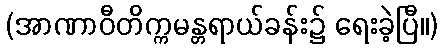
(အာဏာဝီတိက္ကမန္တရာယ်ခန်း၌ ရေးခဲ့ပြီ။)